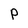
Character: P